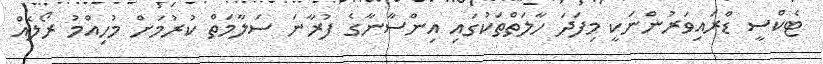
ޓެކްސީ ޑްރައިވަރުންނަކީ މިފަދަ ހާލަތްތަކުގައި އިންސާނާގެ ފުރާނަ ސަލާމަތް ކުރުމަށް މުހިއްމު ރޯލެއް